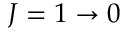
J = 1 \rightarrow 0